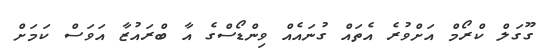
ގޫގަލް ކްރޯމް އަށްވުރެ އެތައް ގުނައެއް ވިންޑޯސްގެ އާ ބްރައުޒާ އަވަސް ކަމަށް